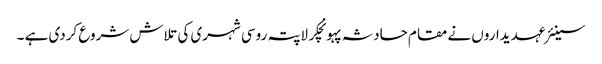
سینئر عہدیداروں نے مقام حادثہ پہونچکر لاپتہ روسی شہری کی تلاش شروع کردی ہے ۔